Punjab Mental Hospital Lahore 1932-46 - 1932-1946
Year: 1932
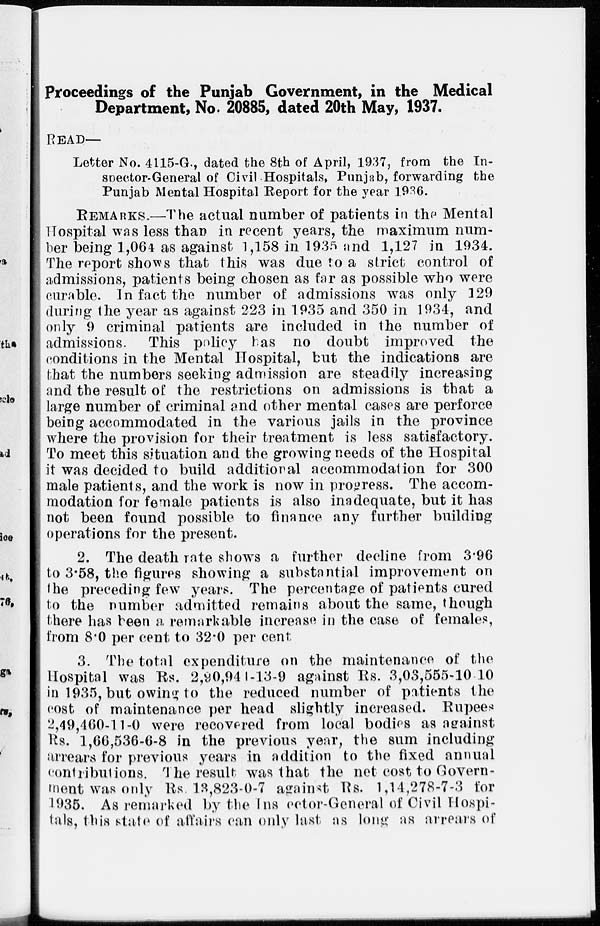
Proceedings of the Punjab Government, in the Medical
Department, No. 20885, dated 20th May, 1937.
READ—
Letter No. 4115-G., dated the 8th of April, 1937, from the In-
spector-General of Civil Hospitals, Punjab, forwarding the
Punjab Mental Hospital Report for the year 1936.
REMARKS.—The actual number of patients in the Mental
Hospital was less than in recent years, the maximum num-
ber being 1,064 as against 1,158 in 1935 and 1,127 in 1934.
The report shows that this was due to a strict control of
admissions, patients being chosen as far as possible who were
curable. In fact the number of admissions was only 1 29
during the year as against 223 in 1935 and 350 in 1934, and
only 9 criminal patients are included in the number of
admissions. This policy has no doubt improved the
conditions in the Mental Hospital, but the indications are
that the numbers seeking admission are steadily increasing
and the result of the restrictions on admissions is that a
large number of criminal and other mental cases are perforce
being accommodated in the various jails in the province
where the provision for their treatment is less satisfactory.
To meet this situation and the growing needs of the Hospital
it was decided to build additional accommodation for 300
male patients, and the work is now in progress. The accom-
modation for female patients is also inadequate, but it has
not been found possible to finance any further building
operations for the present.
2. The death rate shows a further decline from 3.96
to 3.58, the figures showing a substantial improvement on
the preceding few years. The percentage of patients cured
to the number admitted remains about the same, though
there has been a remarkable increase in the case of females,
from 8.0 per cent to 32.0 per cent
3. The total expenditure on the maintenance of the
Hospital was Rs. 2,90,944-13-9 against Rs. 3,03,555-10-10
in 1935, but owing to the reduced number of patients the
cost of maintenance per head slightly increased. Rupees
2,49,460-11-0 were recovered from local bodies as against
Rs. 1,66,536-6-8 in the previous year, the sum including
arrears for previous years in addition to the fixed annual
contributions. The result was that the net cost to Govern-
ment was only Rs. 13,823-0-7 against Rs. 1,14,278-7-3 for
1935. As remarked by the Inspector-General of Civil Hospi-
tals, this state of affairs can only last as long as arrears of